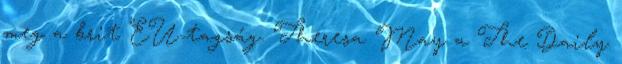
meg a brit EU-tagság. Theresa May a The Daily